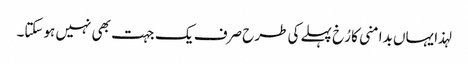
لہذا یہاں بدامنی کا رُخ پہلے کی طرح صرف یک جہت بھی نہیں ہوسکتا۔